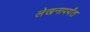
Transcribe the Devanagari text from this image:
लेखनापर्यंत